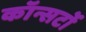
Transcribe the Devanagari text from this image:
कॉन्सर्टो